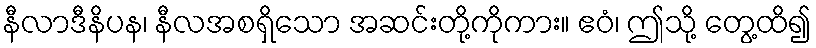
နီလာဒီနိပန၊ နီလအစရှိသော အဆင်းတို့ကိုကား။ ဧဝံ၊ ဤသို့ တွေ့ထိ၍